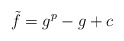
\begin{align*} \tilde{f} = g^p - g + c\end{align*}